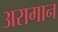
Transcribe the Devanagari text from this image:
अरागान